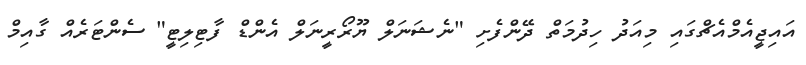
އައިޖީއެމްއެޗްގައި މިއަދު ހިދުމަތް ދޭންފެށި "ނެޝަނަލް ޔޫރޯރީނަލް އެންޑް ފާޓިލިޓީ" ސެންޓަރެއް ގާއިމް